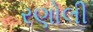
રણોલી